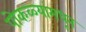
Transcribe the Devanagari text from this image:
पोकळ्यांमधून